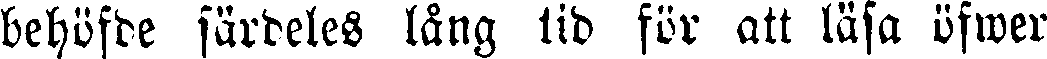
behöfde särdeles lång tid för att läsa öfwer